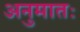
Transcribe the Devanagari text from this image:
अनुमातः